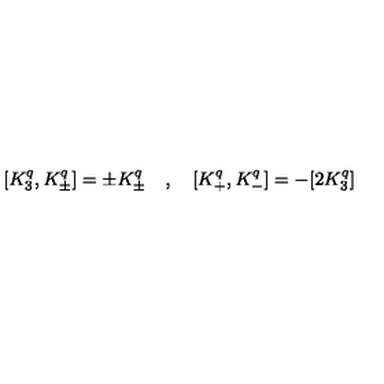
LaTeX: [ K _ { 3 } ^ { q } , K _ { \pm } ^ { q } ] = \pm K _ { \pm } ^ { q } \quad , \quad [ K _ { + } ^ { q } , K _ { - } ^ { q } ] = - [ 2 K _ { 3 } ^ { q } ]